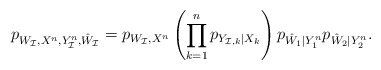
\begin{align*} p_{W_\mathcal{I} ,X^n, Y_\mathcal{I}^n, \hat W_\mathcal{I}}=p_{W_\mathcal{I},X^n}\left(\prod_{k=1}^n p_{Y_{\mathcal{I},k}|X_k}\right) p_{\hat W_1 |Y_1^n} p_{\hat W_2 |Y_2^n}. \end{align*}